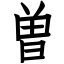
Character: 曽